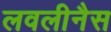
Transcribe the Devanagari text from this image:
लवलीनैस